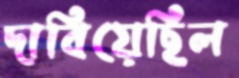
দাবিয়েছিল